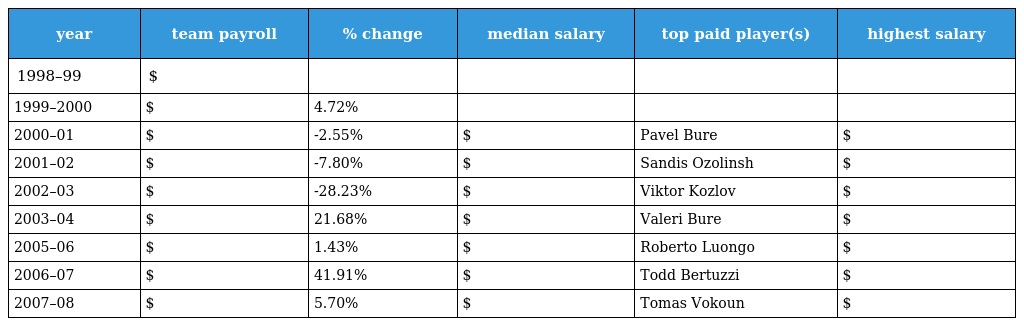
| year | team payroll | % change | median salary | top paid player(s) | highest salary |
 | --- | --- | --- | --- | --- | --- |
 | 1998–99 | $ |  |  |  |  |
 | 1999–2000 | $ | 4.72% |  |  |  |
 | 2000–01 | $ | -2.55% | $ | Pavel Bure | $ |
 | 2001–02 | $ | -7.80% | $ | Sandis Ozolinsh | $ |
 | 2002–03 | $ | -28.23% | $ | Viktor Kozlov | $ |
 | 2003–04 | $ | 21.68% | $ | Valeri Bure | $ |
 | 2005–06 | $ | 1.43% | $ | Roberto Luongo | $ |
 | 2006–07 | $ | 41.91% | $ | Todd Bertuzzi | $ |
 | 2007–08 | $ | 5.70% | $ | Tomas Vokoun | $ |